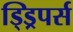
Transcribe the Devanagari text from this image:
ड्ड्रिपर्स